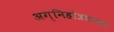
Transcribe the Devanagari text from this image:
अग्निहोत्रशाला